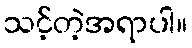
သင့်တဲ့အရာပါ။